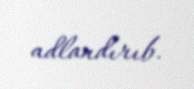
adlandırıb.